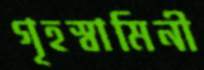
গৃহস্বামিনী